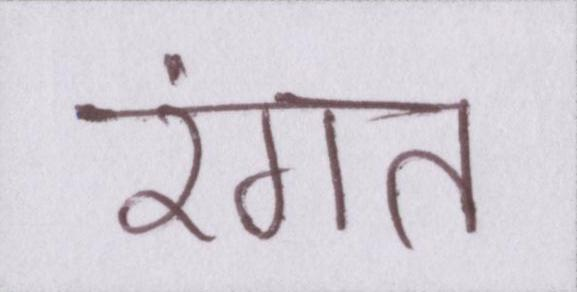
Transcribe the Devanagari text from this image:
रंगत